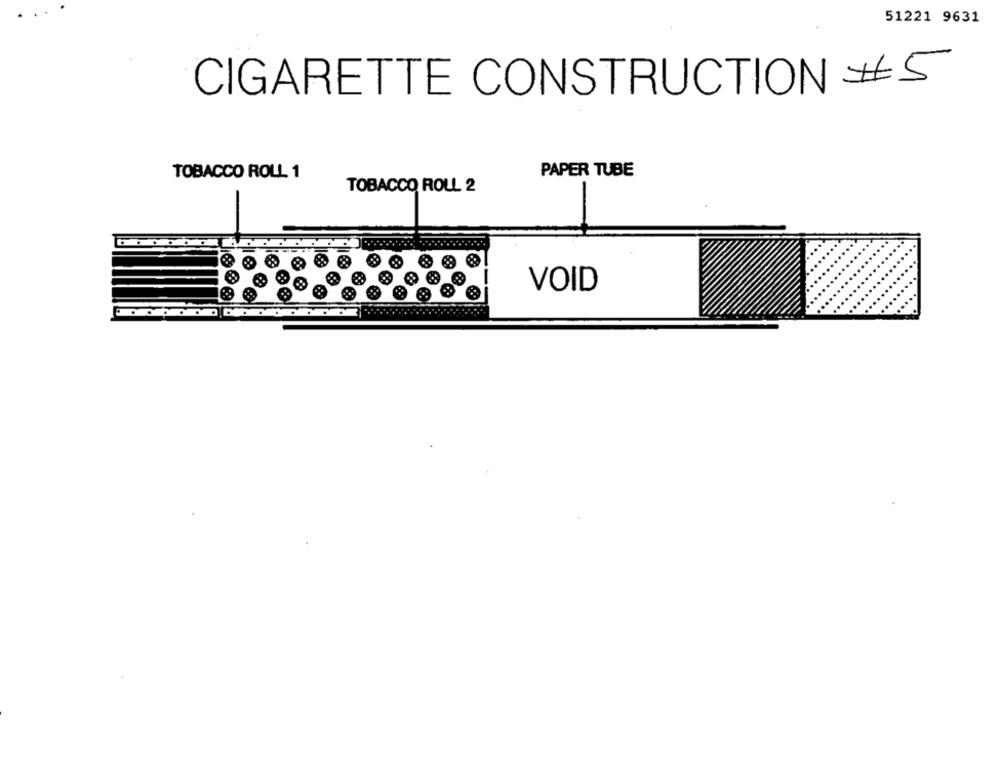
51221 9631
CIGARETTE CONSTRUCTION #5
TOBACCO ROLL 1
PAPER TUBE
TOBACCO ROLL 2
VOID